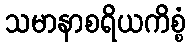
သမာနာစရိယကိစ္စံ